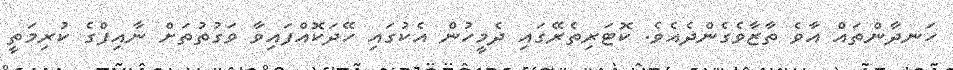
ހަނދާންތައް އާވެ ތާޒާވެގެންދެއެވެ. ކޮޓަރިތެރޭގައި ދެމީހުން އެކުގައި ހޭދަކޮއްފައިވާ ވަގުތުތަށް ނާއިފްގެ ކުރިމަތީ